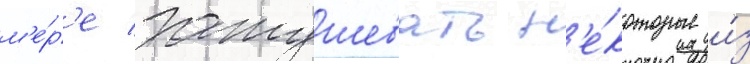
м'е́р'е затушевать н'е́которые и́з